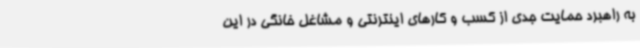
به راهبرد حمایت جدی از کسب و کارهای اینترنتی و مشاغل خانگی در این